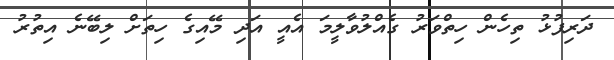
ދަރިފުޅު ތިހެން ހިތްވަރު ގެއްލުވާލީމަ އެއީ އަދި މޭއިގެ ހިތަށް ލިބޭނެ އިތުރު